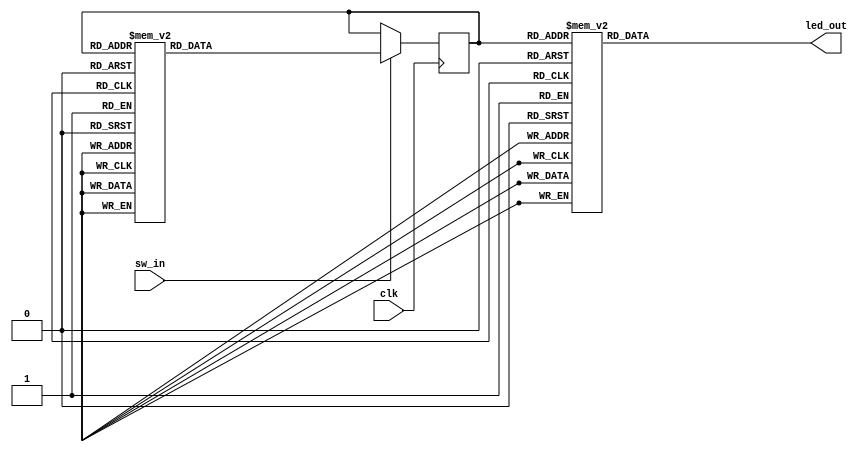
`default_nettype none

module roulette(
	input wire clk,
	input wire sw_in,
	output wire [7:0] led_out
);

	reg [3:0] count_curr;

	function [3:0] advance_count(input [3:0] curr);
	begin
		case (curr)
			4'b1001: advance_count = 4'b0000;
			4'b0000: advance_count = 4'b0001;
			4'b0001: advance_count = 4'b0010;
			4'b0010: advance_count = 4'b0011;
			4'b0011: advance_count = 4'b0100;
			4'b0100: advance_count = 4'b0101;
			4'b0101: advance_count = 4'b0110;
			4'b0110: advance_count = 4'b0111;
			4'b0111: advance_count = 4'b1000;
			4'b1000: advance_count = 4'b1001;
			default: advance_count = 4'b0000;
		endcase
	end
	endfunction

	always @(posedge clk) begin
		if (sw_in) begin
			count_curr <= advance_count(count_curr);
		end
	end

	function [7:0] hex7segdec(input [3:0] hex);
	begin
		case (hex)
			4'b0000: hex7segdec = 8'b00000011;
			4'b0001: hex7segdec = 8'b10011111;
			4'b0010: hex7segdec = 8'b00100101;
			4'b0011: hex7segdec = 8'b00001101;
			4'b0100: hex7segdec = 8'b10011001;
			4'b0101: hex7segdec = 8'b01001001;
			4'b0110: hex7segdec = 8'b01000001;
			4'b0111: hex7segdec = 8'b00011111;
			4'b1000: hex7segdec = 8'b00000001;
			4'b1001: hex7segdec = 8'b00001001;
			4'b1010: hex7segdec = 8'b00010001;
			4'b1011: hex7segdec = 8'b11000001;
			4'b1100: hex7segdec = 8'b11100101;
			4'b1101: hex7segdec = 8'b10000101;
			4'b1110: hex7segdec = 8'b01100001;
			4'b1111: hex7segdec = 8'b01110001;
			default: hex7segdec = 8'b10010001; // X
		endcase
	end
	endfunction

	assign led_out = hex7segdec(count_curr);

endmodule